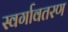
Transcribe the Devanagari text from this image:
स्वर्गावतरण